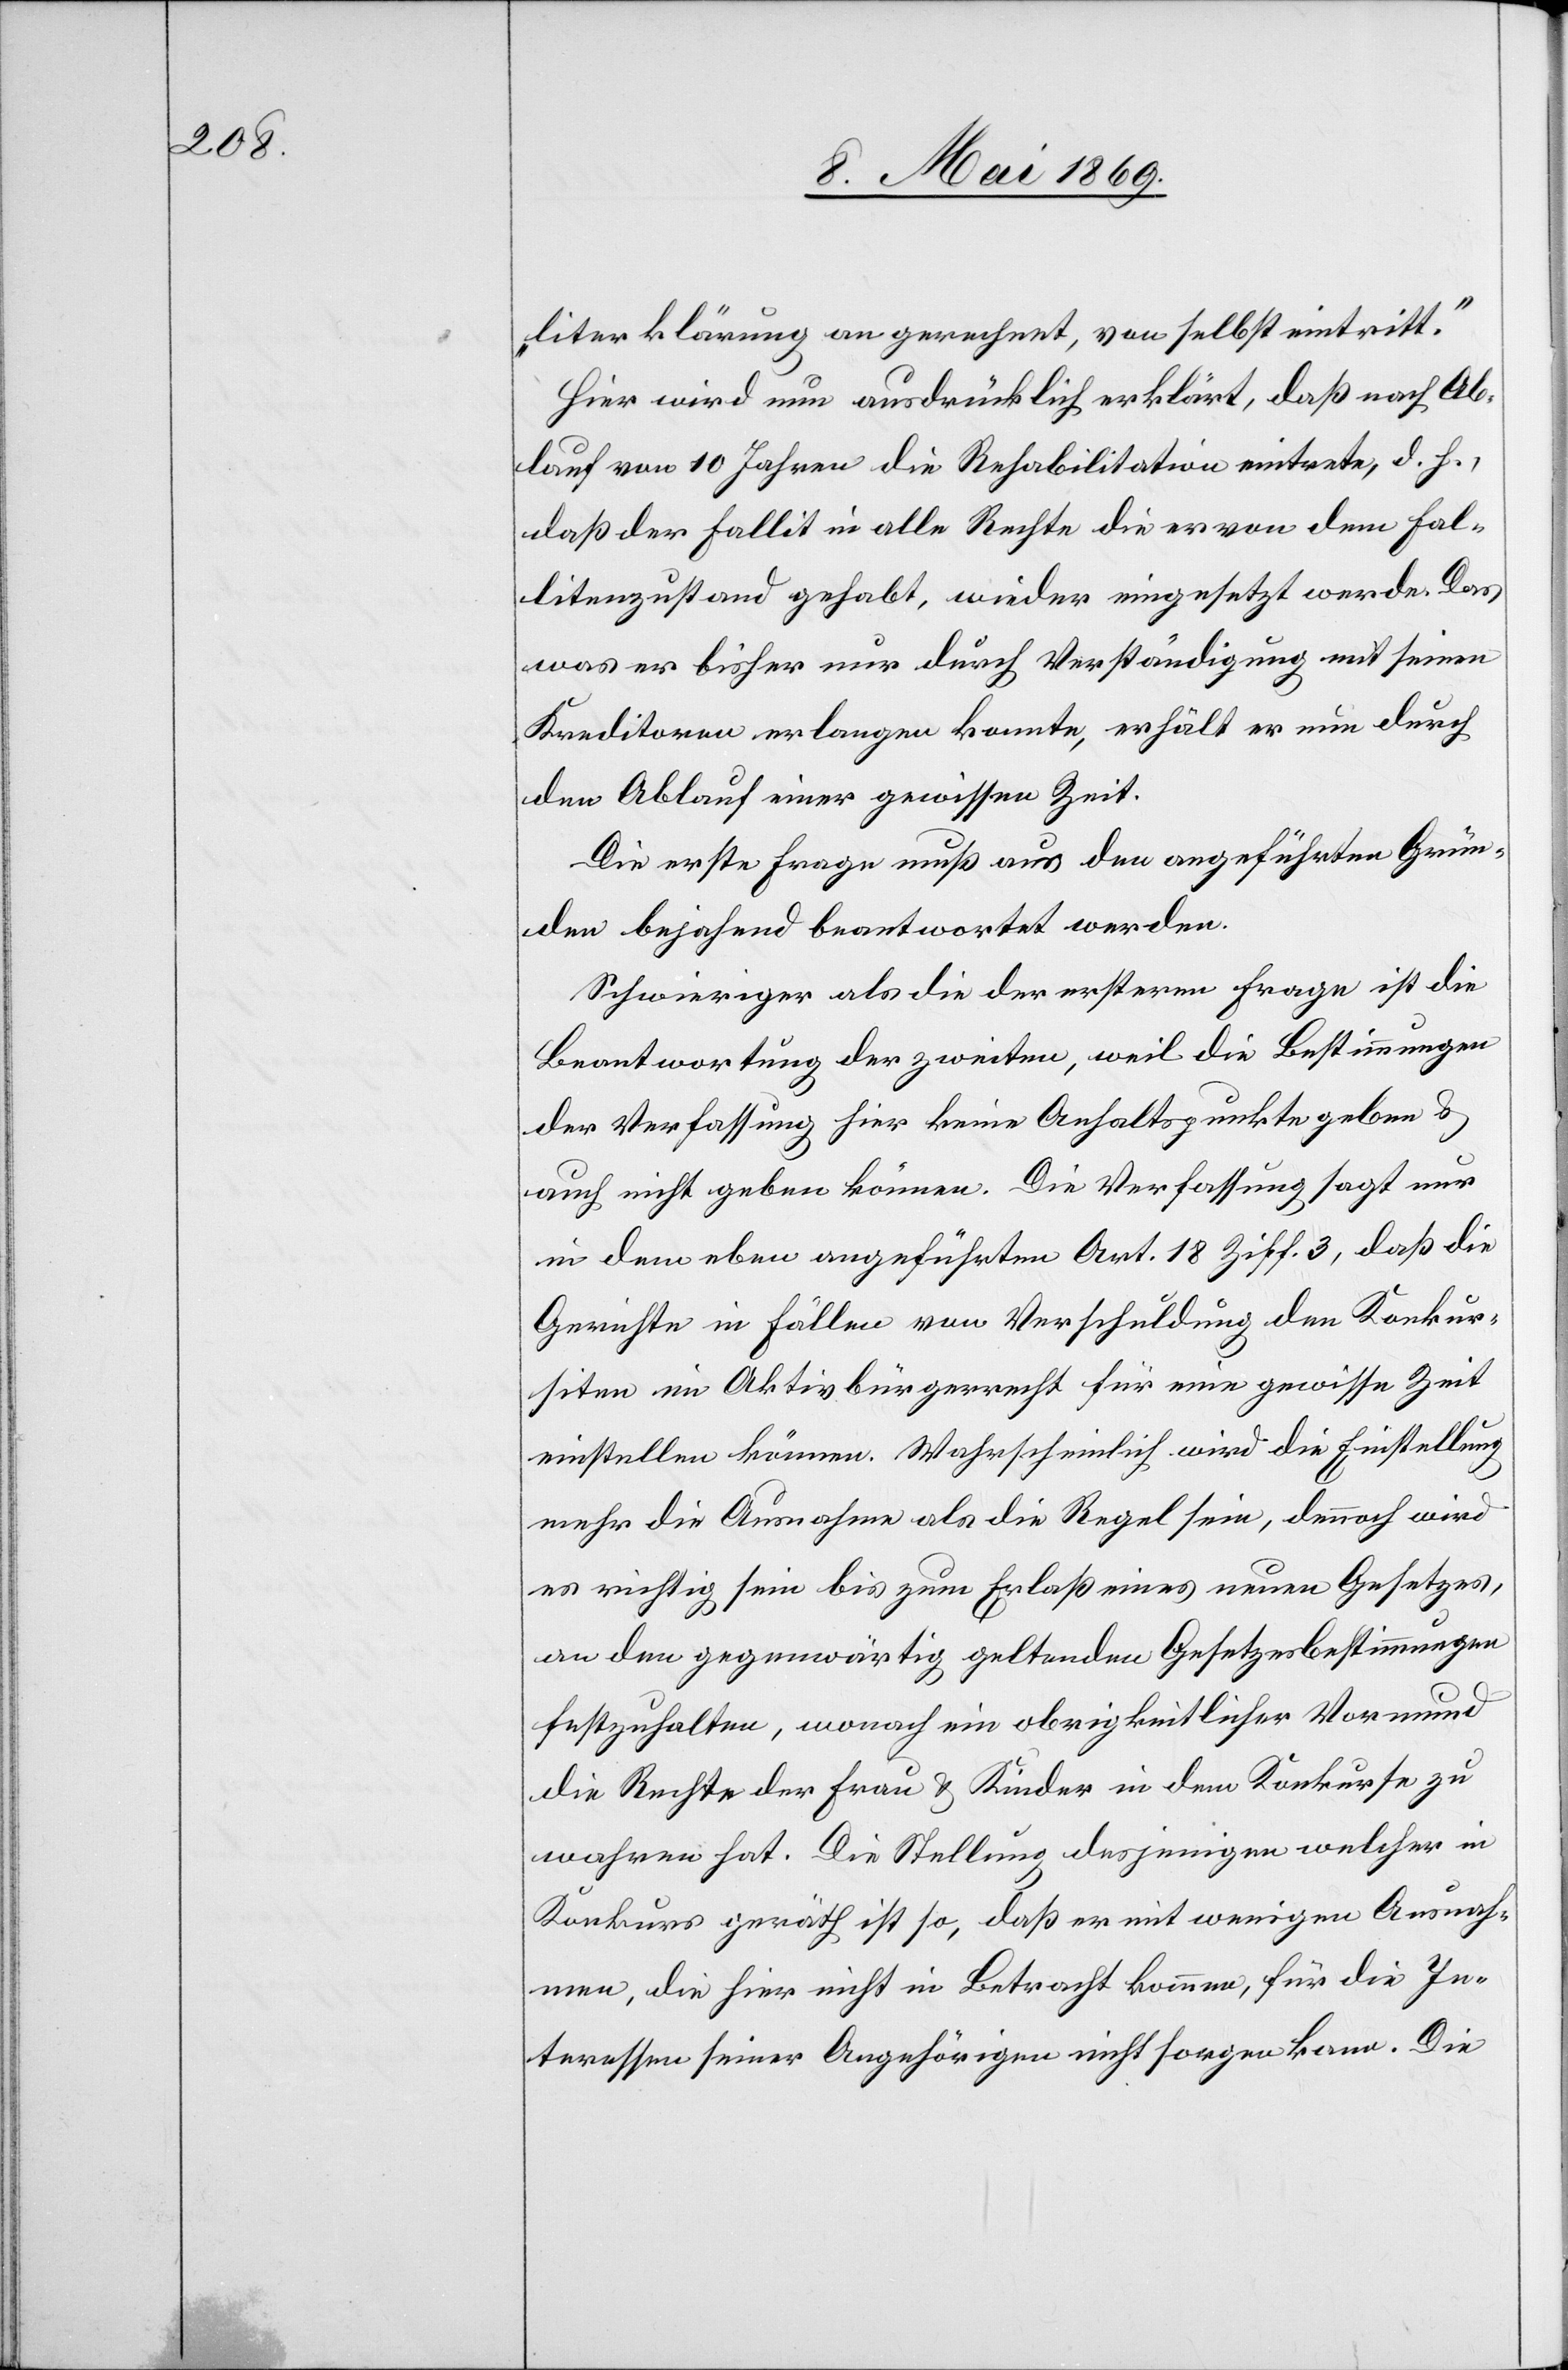
literklärung an gerechnet, von selbst eintritt.“
Hier wird nun ausdrücklich erklärt, daß nach Ab¬
lauf von 10 Jahren die Rehabilitation eintrete, d. h.,
daß der Fallit in alle Rechte die er von dem Fal¬
litenzustand gehabt, wieder eingesetzt werde. Das
was er bisher nur durch Verständigung mit seinen
Kreditoren erlangen konnte, erhält er nun durch
den Ablauf einer gewissen Zeit.
Die erste Frage muß aus den angeführten Grün¬
den bejahend beantwortet werden.
Schwieriger als die der erstern Frage ist die
Beantwortung der zweiten, weil die Bestimmungen
der Verfassung hier keine Anhaltspunkte geben u.
auch nicht geben können. Die Verfassung sagt nur
in dem eben angeführten Art. 18 Ziff. 3, daß die
Gerichte in Fällen von Verschuldung dem Konkur¬
siten im Aktivbürgerrecht für eine gewisse Zeit
einstellen können. Wahrscheinlich wird die Einstellung
mehr die Ausnahme als die Regel sein, dennoch wird
es richtig sein bis zum Erlaß eines neuen Gesetzes,
an den gegenwärtig geltenden Gesetzesbestimmungen
festzuhalten, wonach ein obrigkeitlicher Vormund
die Rechte der Frau u. Kinder in dem Konkurse zu
wahren hat. Die Stellung desjenigen welcher in
Konkurs geräth ist so, daß er mit wenigen Ausnah¬
men, die hier nicht in Betracht kommen, für die In¬
teressen seiner Angehörigen nicht sorgen kann. Die